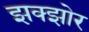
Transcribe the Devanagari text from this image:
झक्झोर